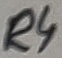
Text: R4